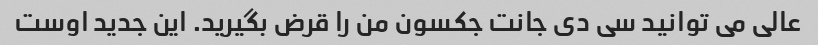
عالی می توانید سی دی جانت جکسون من را قرض بگیرید. این جدید اوست